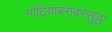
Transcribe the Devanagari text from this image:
गाठियांबरोबरसुद्धा